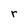
Character: r